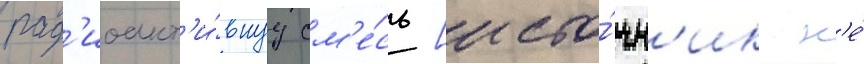
рад'иоакт'и́внуу см'е́сь [исто́чн'ик н'е́